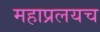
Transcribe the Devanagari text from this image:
महाप्रलयच